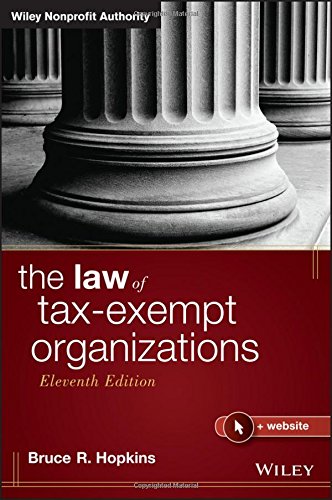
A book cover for The Law of Tax-Exempt Organizations (Wiley Nonprofit Authority); Bruce R. Hopkins; Law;